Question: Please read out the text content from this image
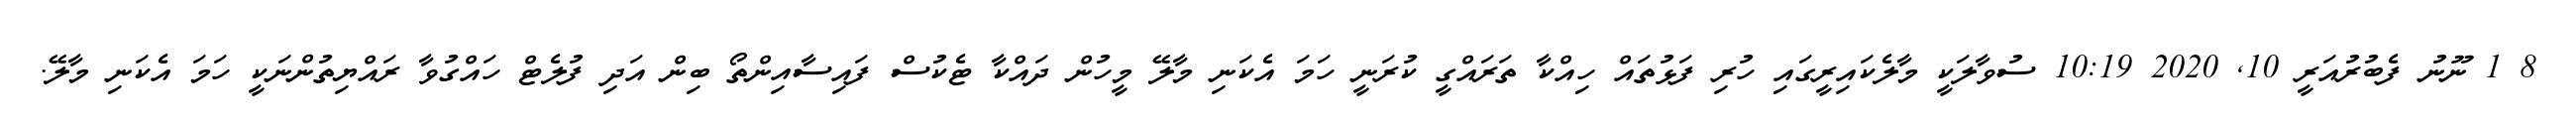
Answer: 8 1 ނޫނު ފެބުރުއަރީ 10, 2020 10:19 ސުވާލަކީ މާލެކައިރީގައި ހުރި ފަޅުތައް ހިއްކާ ތަރައްގީ ކުރަނީ ހަމަ އެކަނި މާލޭ މީހުން ދައްކާ ޓެކުސް ފައިސާއިންތޯ ބިން އަދި ފުލެޓް ހައްގުވާ ރައްޔިތުންނަކީ ހަމަ އެކަނި މާލޭ.